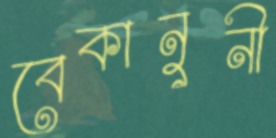
বেকানুনী